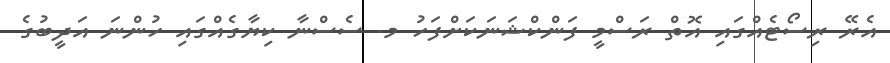
އެރޭ ރިސޯޓެއްގައި އޮތް ރަސްމީ ފަންކްޝަނަކަށްފަހު މ. ސެސްނާ ކިޔާގެއްގައި ހުންނަ އަދީބުގެ